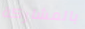
بالمشاركة